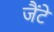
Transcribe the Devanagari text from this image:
जैंटे